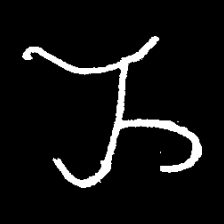
Pyu character \u2014 Myanmar letter: ည (romanized: nya)